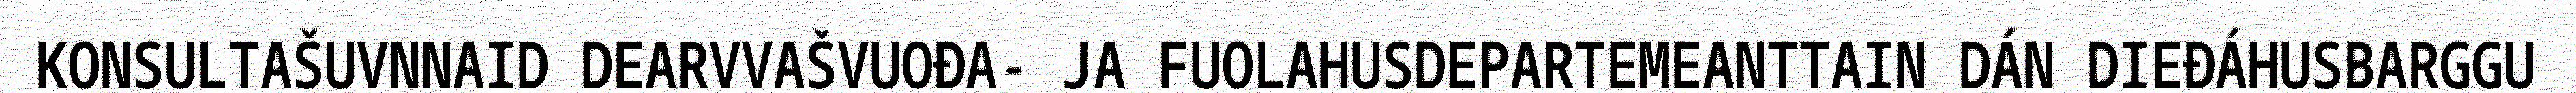
KONSULTAŠUVNNAID DEARVVAŠVUOĐA- JA FUOLAHUSDEPARTEMEANTTAIN DÁN DIEĐÁHUSBARGGU